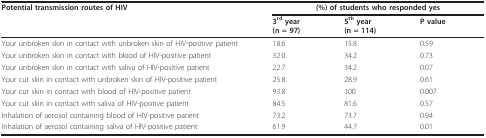
<table><thead><tr><td><b>Potential transmission routes of HIV</b></td><td colspan="3"><b>(%) of students who responded yes</b></td></tr><tr><td></td><td><b>3<sup>rd </sup>year(n = 97)</b></td><td><b>5<sup>th </sup>year(n = 114)</b></td><td><b>P value</b></td></tr></thead><tbody><tr><td>Your unbroken skin in contact with unbroken skin of HIV-positive patient</td><td>18.6</td><td>15.8</td><td>0.59</td></tr><tr><td>Your unbroken skin in contact with blood of HIV-positive patient</td><td>32.0</td><td>34.2</td><td>0.73</td></tr><tr><td>Your unbroken skin in contact with saliva of HIV-positive patient</td><td>22.7</td><td>34.2</td><td>0.07</td></tr><tr><td>Your cut skin in contact with unbroken skin of HIV-positive patient</td><td>25.8</td><td>28.9</td><td>0.61</td></tr><tr><td>Your cut skin in contact with blood of HIV-positive patient</td><td>93.8</td><td>100</td><td>0.007</td></tr><tr><td>Your cut skin in contact with saliva of HIV-positive patient</td><td>84.5</td><td>81.6</td><td>0.57</td></tr><tr><td>Inhalation of aerosol containing blood of HIV-positive patient</td><td>73.2</td><td>73.7</td><td>0.94</td></tr><tr><td>Inhalation of aerosol containing saliva of HIV-positive patient</td><td>61.9</td><td>44.7</td><td>0.01</td></tr></tbody></table>